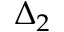
\Delta _ { 2 }